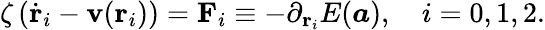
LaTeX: \zeta\left(\dot{\mathbf{r}}_{i}-\mathbf{v}(\mathbf{r}_{i})\right)=\mathbf{F}_{i}\equiv-\partial_{\mathbf{r}_{i}}E(\boldsymbol{a}),\quad i=0,1,2.